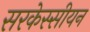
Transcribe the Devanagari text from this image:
सरकेस्सीयन